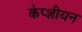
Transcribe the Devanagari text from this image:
केप्शीयन